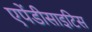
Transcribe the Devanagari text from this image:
एपेंडीसाइटिस